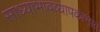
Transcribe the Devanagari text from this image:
साध्याभावव्यापकाभाव